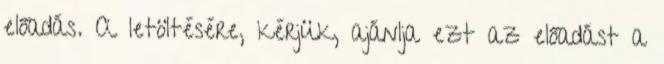
előadás. A letöltésére, kérjük, ajánlja ezt az előadást a